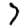
Digit: 7